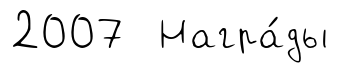
2007 Награ́ды